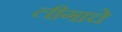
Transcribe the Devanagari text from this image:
लीगाचे